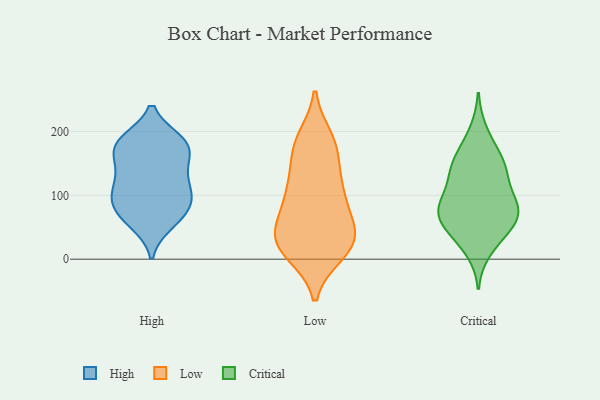
{"axis": {"x": "Shipments", "y": "Value"}, "legend": ["Critical", "High", "Low"], "data": [{"x": "", "y": 67, "type": "High"}, {"x": "", "y": 117, "type": "High"}, {"x": "", "y": 136, "type": "High"}, {"x": "", "y": 151, "type": "High"}, {"x": "", "y": 61, "type": "High"}, {"x": "", "y": 56, "type": "High"}, {"x": "", "y": 133, "type": "High"}, {"x": "", "y": 102, "type": "High"}, {"x": "", "y": 185, "type": "High"}, {"x": "", "y": 93, "type": "High"}, {"x": "", "y": 176, "type": "High"}, {"x": "", "y": 91, "type": "High"}, {"x": "", "y": 185, "type": "High"}, {"x": "", "y": 167, "type": "High"}, {"x": "", "y": 179, "type": "High"}, {"x": "", "y": 102, "type": "High"}, {"x": "", "y": 81, "type": "High"}, {"x": "", "y": 185, "type": "High"}, {"x": "", "y": 112, "type": "Low"}, {"x": "", "y": 13, "type": "Low"}, {"x": "", "y": 84, "type": "Low"}, {"x": "", "y": 51, "type": "Low"}, {"x": "", "y": 180, "type": "Low"}, {"x": "", "y": 30, "type": "Low"}, {"x": "", "y": 22, "type": "Low"}, {"x": "", "y": 56, "type": "Low"}, {"x": "", "y": 10, "type": "Low"}, {"x": "", "y": 103, "type": "Low"}, {"x": "", "y": 43, "type": "Low"}, {"x": "", "y": 128, "type": "Low"}, {"x": "", "y": 172, "type": "Low"}, {"x": "", "y": 188, "type": "Low"}, {"x": "", "y": 29, "type": "Low"}, {"x": "", "y": 174, "type": "Low"}, {"x": "", "y": 103, "type": "Low"}, {"x": "", "y": 22, "type": "Low"}, {"x": "", "y": 53, "type": "Critical"}, {"x": "", "y": 132, "type": "Critical"}, {"x": "", "y": 14, "type": "Critical"}, {"x": "", "y": 34, "type": "Critical"}, {"x": "", "y": 129, "type": "Critical"}, {"x": "", "y": 89, "type": "Critical"}, {"x": "", "y": 82, "type": "Critical"}, {"x": "", "y": 152, "type": "Critical"}, {"x": "", "y": 131, "type": "Critical"}, {"x": "", "y": 155, "type": "Critical"}, {"x": "", "y": 76, "type": "Critical"}, {"x": "", "y": 168, "type": "Critical"}, {"x": "", "y": 81, "type": "Critical"}, {"x": "", "y": 72, "type": "Critical"}, {"x": "", "y": 46, "type": "Critical"}, {"x": "", "y": 61, "type": "Critical"}, {"x": "", "y": 88, "type": "Critical"}, {"x": "", "y": 200, "type": "Critical"}]}